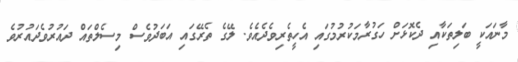
މާނައަކީ ބަލިތަކާއި ދެކޮޅަށް ހަގުރާމަކުރުމުގައި އެހީތެރިވެދެއެވެ. ލޭގެ ތެރޭގައި އަބަދުވެސް މިސެލްތައް ދައުރުވެދައުރުވެ